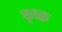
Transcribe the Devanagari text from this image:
कृष्क